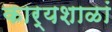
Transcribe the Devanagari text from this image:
कार्यशाळां